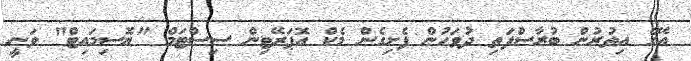
އޭގެ އިތުރުން ބުރާސްފަތި ދުވަހުން ފެށިގެން މެކް އޮޕަރޭޓިން ސިސްޓަމް "ޔޮސިމައިޓް" ވަނީ